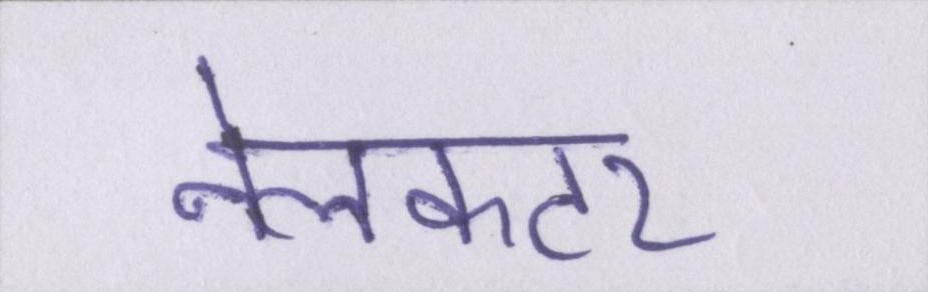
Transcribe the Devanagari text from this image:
नेलकटर